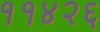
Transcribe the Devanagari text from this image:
११४२६